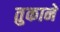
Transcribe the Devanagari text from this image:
तुकाने